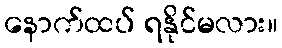
နောက်ထပ် ရနိုင်မလား။